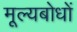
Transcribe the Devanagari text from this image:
मूल्यबोधों